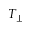
T _ { \perp }